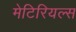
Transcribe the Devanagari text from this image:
मेटिरियल्स